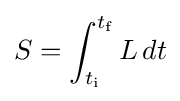
S=\int _{t_{\text{i}}}^{t_{\text{f}}}L\,dt